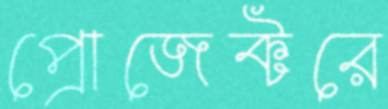
প্রোজেক্টরে